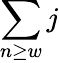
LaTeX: \sum\limits_{n\geq w}j